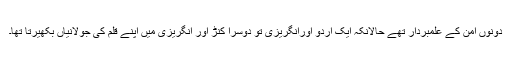
دونوں امن کے علمبردار تھے حالانکہ ایک اردو اورانگریزی تو دوسرا کنڑ اور انگریزی میں اپنے قلم کی جولانیاں بکھیرتا تھا۔